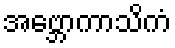
အဗ္ဘောကာသိကံ